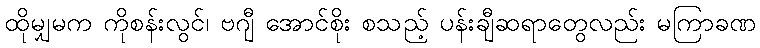
ထိုမျှမက ကိုစန်းလွင်၊ ဗဂျီ အောင်စိုး စသည့် ပန်းချီဆရာတွေလည်း မကြာခဏ